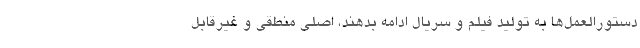
دستورالعمل‌ها به تولید فیلم و سریال ادامه بدهند، اصلی منطقی و غیرقابل